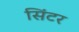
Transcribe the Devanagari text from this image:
सिंटर